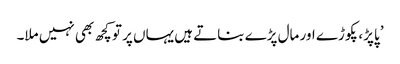
’ پاپڑ، پکوڑے اور مال پڑے بناتے ہیں یہاں پر تو کچھ بھی نہیں ملا۔